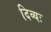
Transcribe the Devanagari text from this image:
दिव्यः